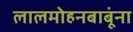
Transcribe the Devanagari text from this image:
लालमोहनबाबूंना